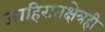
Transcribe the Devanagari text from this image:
जाहिरातक्षेत्रही